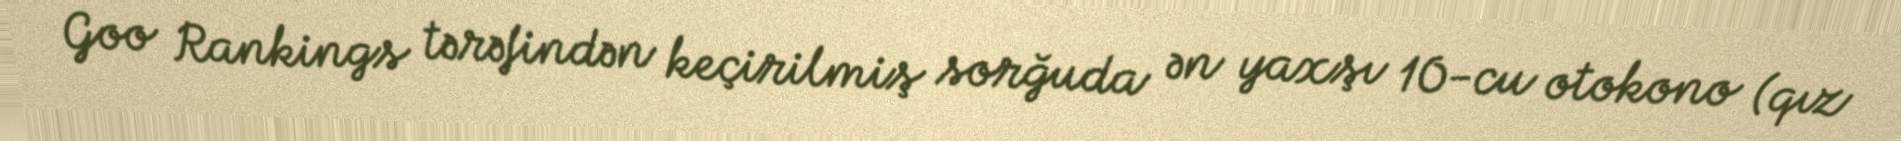
Goo Rankings tərəfindən keçirilmiş sorğuda ən yaxşı 10-cu otokono (qız